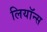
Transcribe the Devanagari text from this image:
लियॉन्स